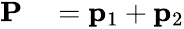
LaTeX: \begin{array}{rl}{\mathbf{P}}&{{}=\mathbf{p}_{1}+\mathbf{p}_{2}}\end{array}